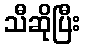
သီဆိုပြီး